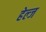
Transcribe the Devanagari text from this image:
हेल्ज